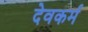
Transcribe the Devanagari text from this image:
देवकर्म